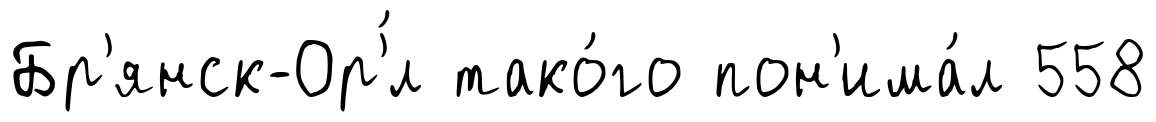
Бр'янск-Ор'́л тако́го пон'има́л 558